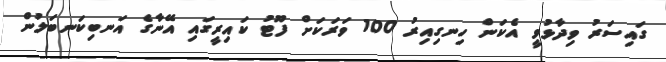
ގައިސަރު ވިދާޅުވީ އެކަން ހިނގިއިރު 100 ވަރަކަށް ފޫޓު ކައިރީގައި އޭނާގެ އަނބިކަނބަލުން